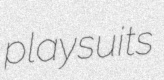
playsuits